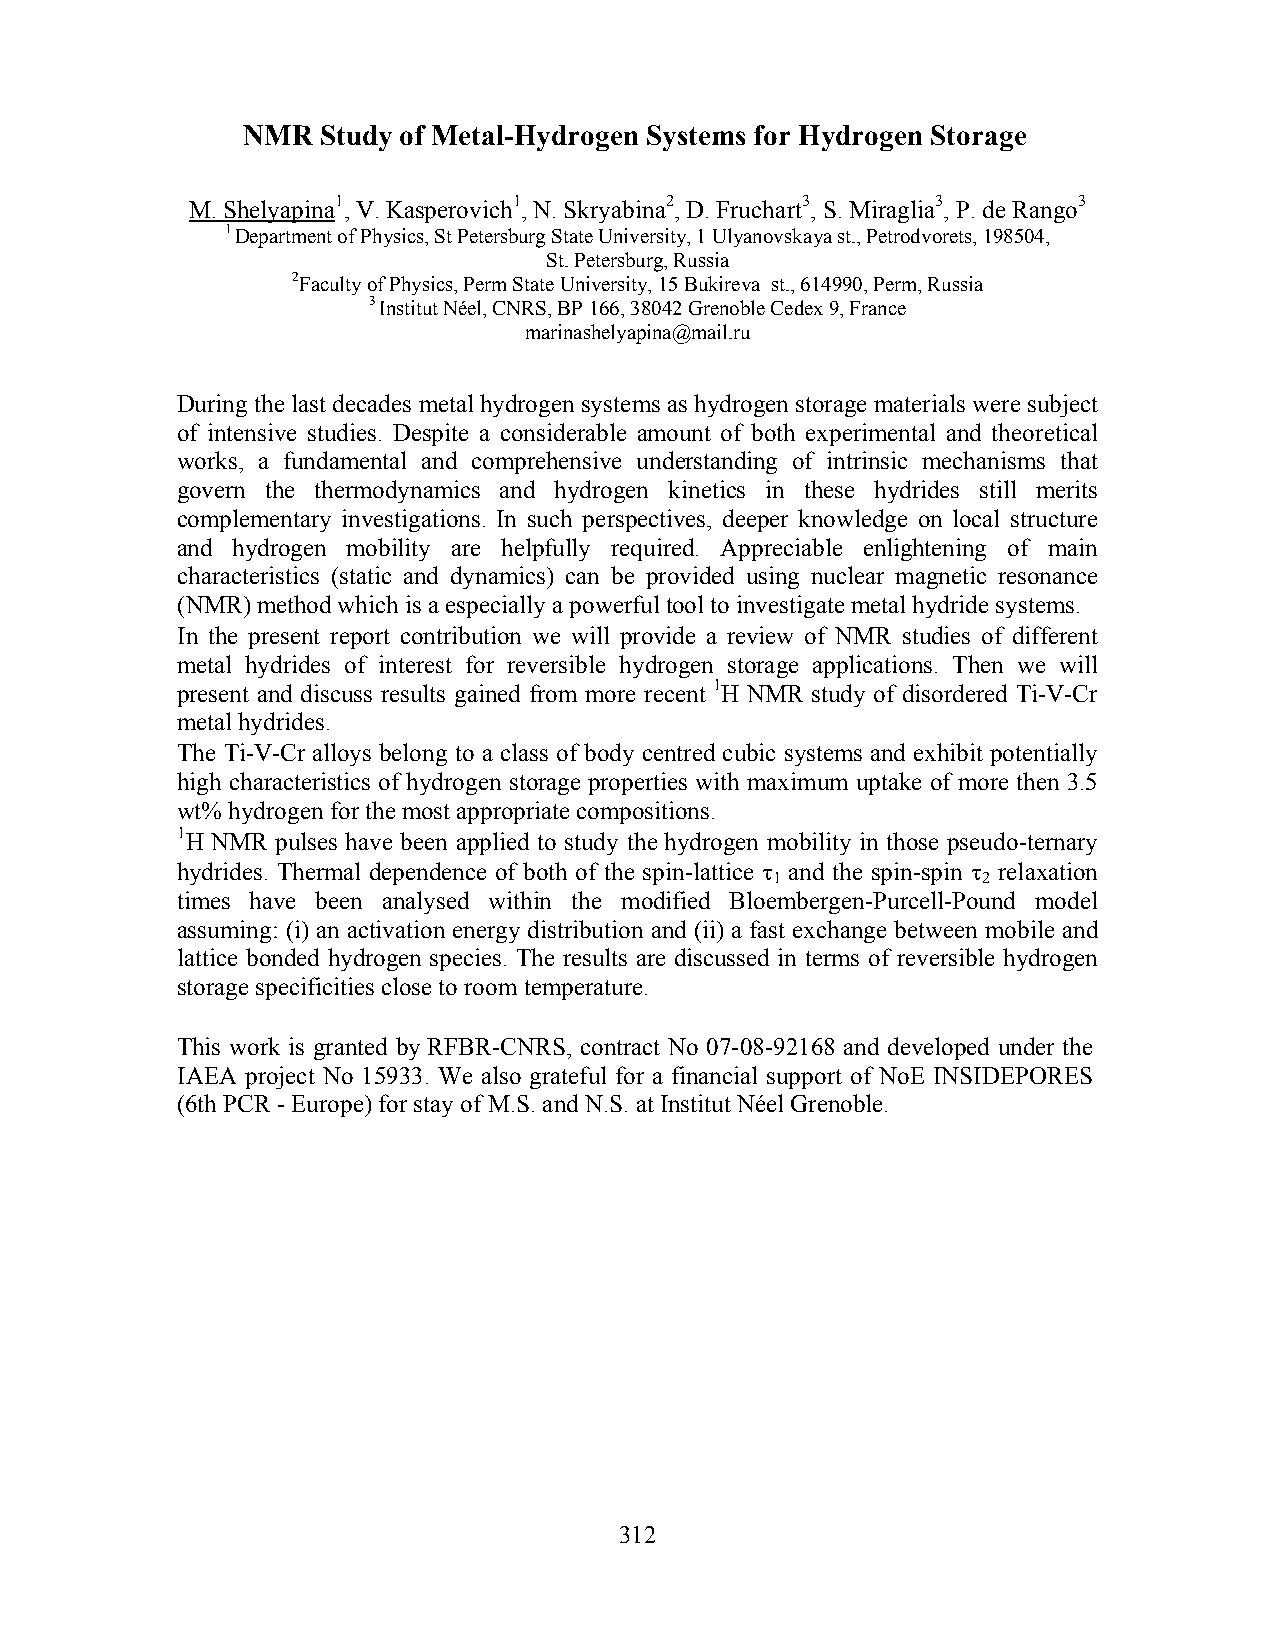
NMR  Study of Metal-Hydrogen Systems for Hydrogen Storage
 M. Shelyapina1, V. Kasperovich1, N. Skryabina2, D. Fruchart3, S. Miraglia3, P. de Rango3
 1 Department of Physics, St Petersburg State University, 1 Ulyanovskaya st., Petrodvorets, 198504,
 St. Petersburg, Russia
 2Faculty of Physics, Perm State University, 15 Bukireva st., 614990, Perm, Russia
 3 Institut Néel, CNRS, BP 166, 38042 Grenoble Cedex 9, France
 marinashelyapina@mail.ru
 During the last decades metal hydrogen systems as hydrogen storage materials were subject
 of intensive studies. Despite a considerable amount of both experimental and theoretical
 works, a fundamental and comprehensive understanding of intrinsic mechanisms that
 govern the thermodynamics and hydrogen kinetics in these hydrides still merits
 complementary investigations. In such perspectives, deeper knowledge on local structure
 and hydrogen mobility are helpfully required. Appreciable enlightening of main
 characteristics (static and dynamics) can be provided using nuclear magnetic resonance
 (NMR) method which is a especially a powerful tool to investigate metal hydride systems.
 In the present report contribution we will provide a review of NMR studies of different
 metal hydrides of interest for reversible hydrogen storage applications. Then we will
 present and discuss results gained from more recent 1H NMR study of disordered Ti-V-Cr
 metal hydrides.
 The Ti-V-Cr alloys belong to a class of body centred cubic systems and exhibit potentially
 high characteristics of hydrogen storage properties with maximum uptake of more then 3.5
 wt% hydrogen for the most appropriate compositions.
 1H NMR pulses have been applied to study the hydrogen mobility in those pseudo-ternary
 hydrides. Thermal dependence of both of the spin-lattice τ and the spin-spin τ relaxation
 1             2
 times have been analysed within the modified Bloembergen-Purcell-Pound model
 assuming: (i) an activation energy distribution and (ii) a fast exchange between mobile and
 lattice bonded hydrogen species. The results are discussed in terms of reversible hydrogen
 storage specificities close to room temperature.
 This work is granted by RFBR-CNRS, contract No 07-08-92168 and developed under the
 IAEA project No 15933. We also grateful for a financial support of NoE INSIDEPORES
 (6th PCR - Europe) for stay of M.S. and N.S. at Institut Néel Grenoble.
 312